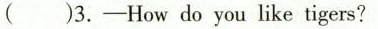
( )3.—How do you like tigers?